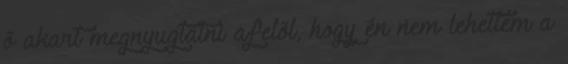
õ akart megnyugtatni afelõl, hogy én nem lehettem a